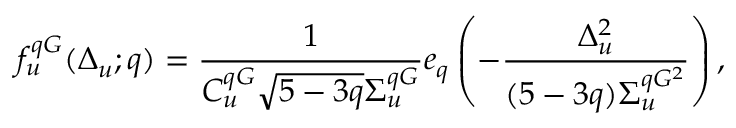
f _ { u } ^ { q G } ( \Delta _ { u } ; q ) = \frac { 1 } { C _ { u } ^ { q G } \sqrt { 5 - 3 q } \Sigma _ { u } ^ { q G } } e _ { q } \left( - \frac { \Delta _ { u } ^ { 2 } } { ( 5 - 3 q ) \Sigma _ { u } ^ { q G ^ { 2 } } } \right) ,